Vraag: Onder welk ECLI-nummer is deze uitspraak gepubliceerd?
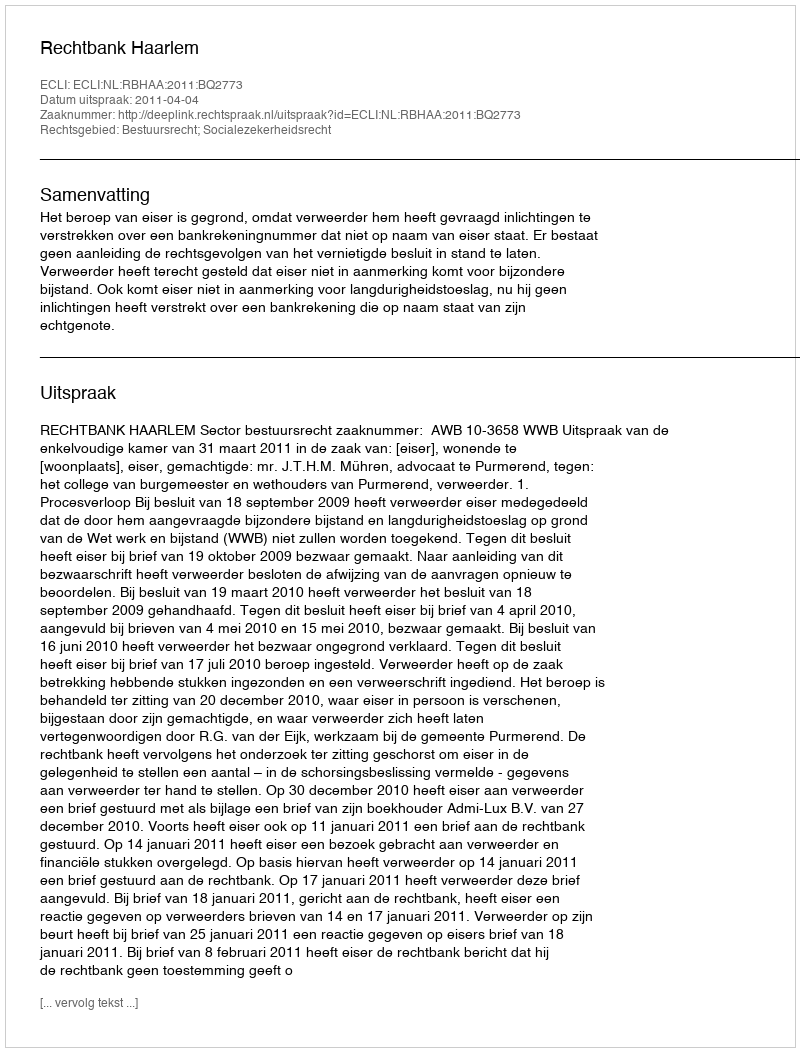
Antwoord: ECLI:NL:RBHAA:2011:BQ2773